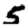
Digit: 5